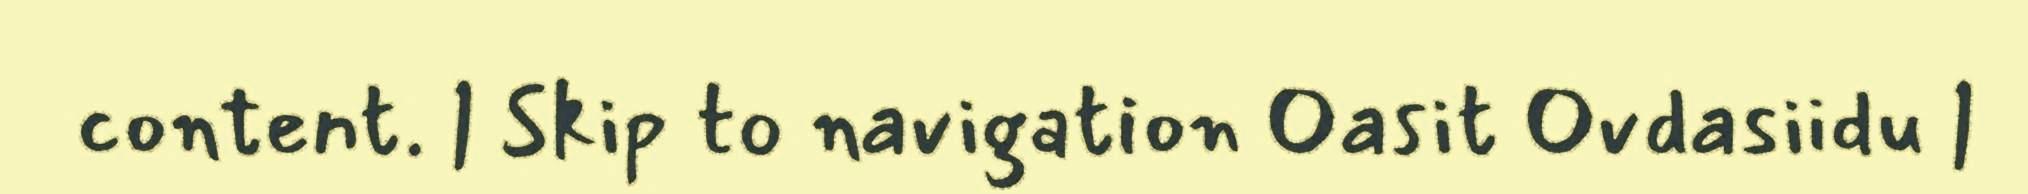
content. | Skip to navigation Oasit Ovdasiidu |